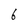
Character: 6